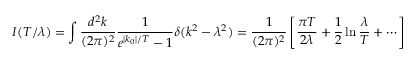
I ( T / \lambda ) = \int \frac { d ^ { 2 } k } { ( 2 \pi ) ^ { 2 } } \frac { 1 } { e ^ { | k _ { 0 } | / T } - 1 } \delta ( k ^ { 2 } - \lambda ^ { 2 } ) = \frac { 1 } { ( 2 \pi ) ^ { 2 } } \left[ \frac { \pi T } { 2 \lambda } + \frac { 1 } { 2 } \ln \frac { \lambda } { T } + \cdots \right]